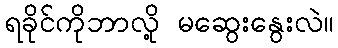
ရခိုင်ကိုဘာလို့ မဆွေးနွေးလဲ။